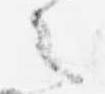
之